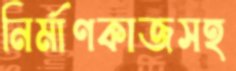
নির্মাণকাজসহ